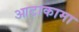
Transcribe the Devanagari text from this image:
आटाकामा